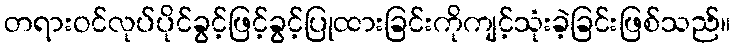
တရားဝင်လုပ်ပိုင်ခွင့်ဖြင့်ခွင့်ပြုထားခြင်းကိုကျင့်သုံးခဲ့ခြင်းဖြစ်သည်။